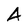
Character: A